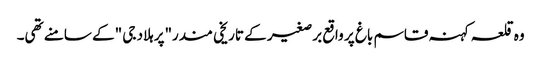
وہ قلعہ کہنہ قاسم باغ پر واقع برصغیر کے تاریخی مندر"پرہلاد جی "کے سامنے تھی۔